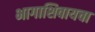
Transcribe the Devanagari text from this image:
भागाशिवायचा